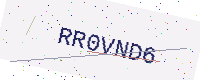
Text: RR0VND6